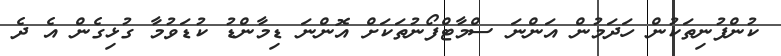
ކުންފުނިތަކުން ހަދަމުން އަންނަ ސްމާޓްފޯނުތަކަށް އޮންނަ ޑިމާންޑު ކުޑަވުމާ ގުޅިގެން އެ ދެ